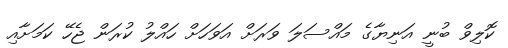
ކޮލިވް ބުނީ އަނިޔާގެ މައްސަލަ ވަރަށް އަވަހަށް ހައްލު ކުރަން ޖެހޭ ކަމަށާއި